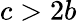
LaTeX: c>2b